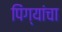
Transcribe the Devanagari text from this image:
पिंग्यांचा